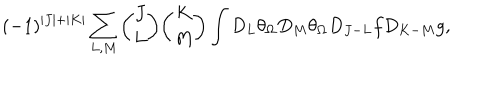
( - 1 ) ^ { | J | + | K | } \sum _ { L , M } { \binom { J } { L } } { \binom { K } { M } } \int D _ { L } \theta _ { \Omega } D _ { M } \theta _ { \Omega } D _ { J - L } f D _ { K - M } g ,